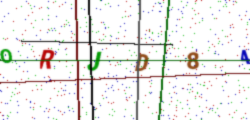
Text: ORJD84